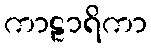
ကာဠာရိကာ